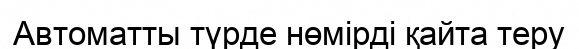
Автоматты түрде нөмірді қайта теру